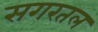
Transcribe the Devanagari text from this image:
सगरतल